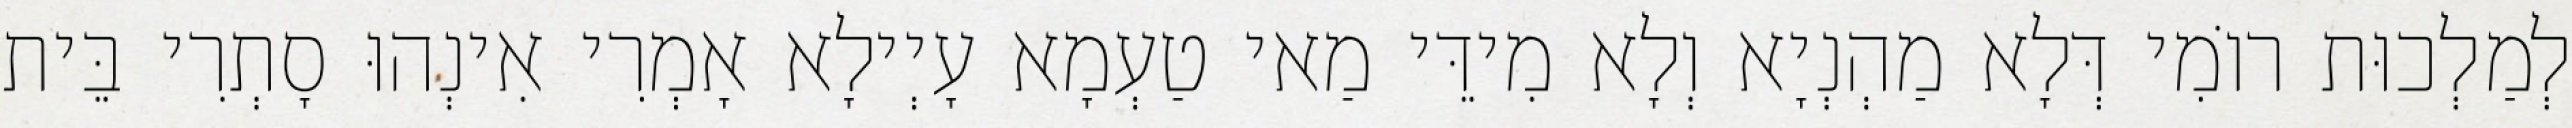
לְמַלְכוּת רוֹמִי דְּלָא מַהְנְיָא וְלָא מִידֵּי מַאי טַעְמָא עָיְילָא אָמְרִי אִינְהוּ סָתְרִי בֵּית